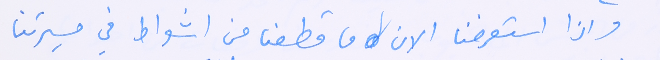
واذا استعرضنا الان ما قطعنا من اشواط في مسيرتنا